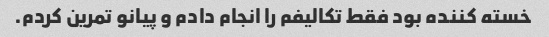
خسته کننده بود فقط تکالیفم را انجام دادم و پیانو تمرین کردم.